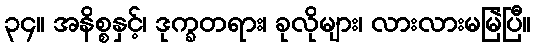
၃၄။ အနိစ္စနှင့်၊ ဒုက္ခတရား၊ ခုလိုများ၊ လားလားမမြဲပြီ။